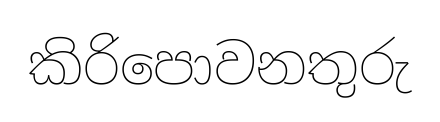
කිරිපොවනතුරු